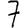
Digit: 7